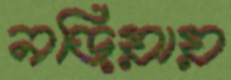
নড়িয়ায়